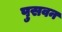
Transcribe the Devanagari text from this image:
पुसवन